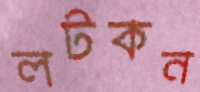
লটকন